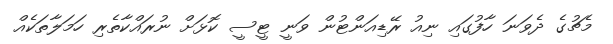
މެޗުގެ ދެވަނަ ހާފުގައި ނިއު ރޭޑިއަންޓުން ވަނީ ޓީސީ ކޮޅަށް ނުރައްކާތެރި ހަމަލާތަކެއް